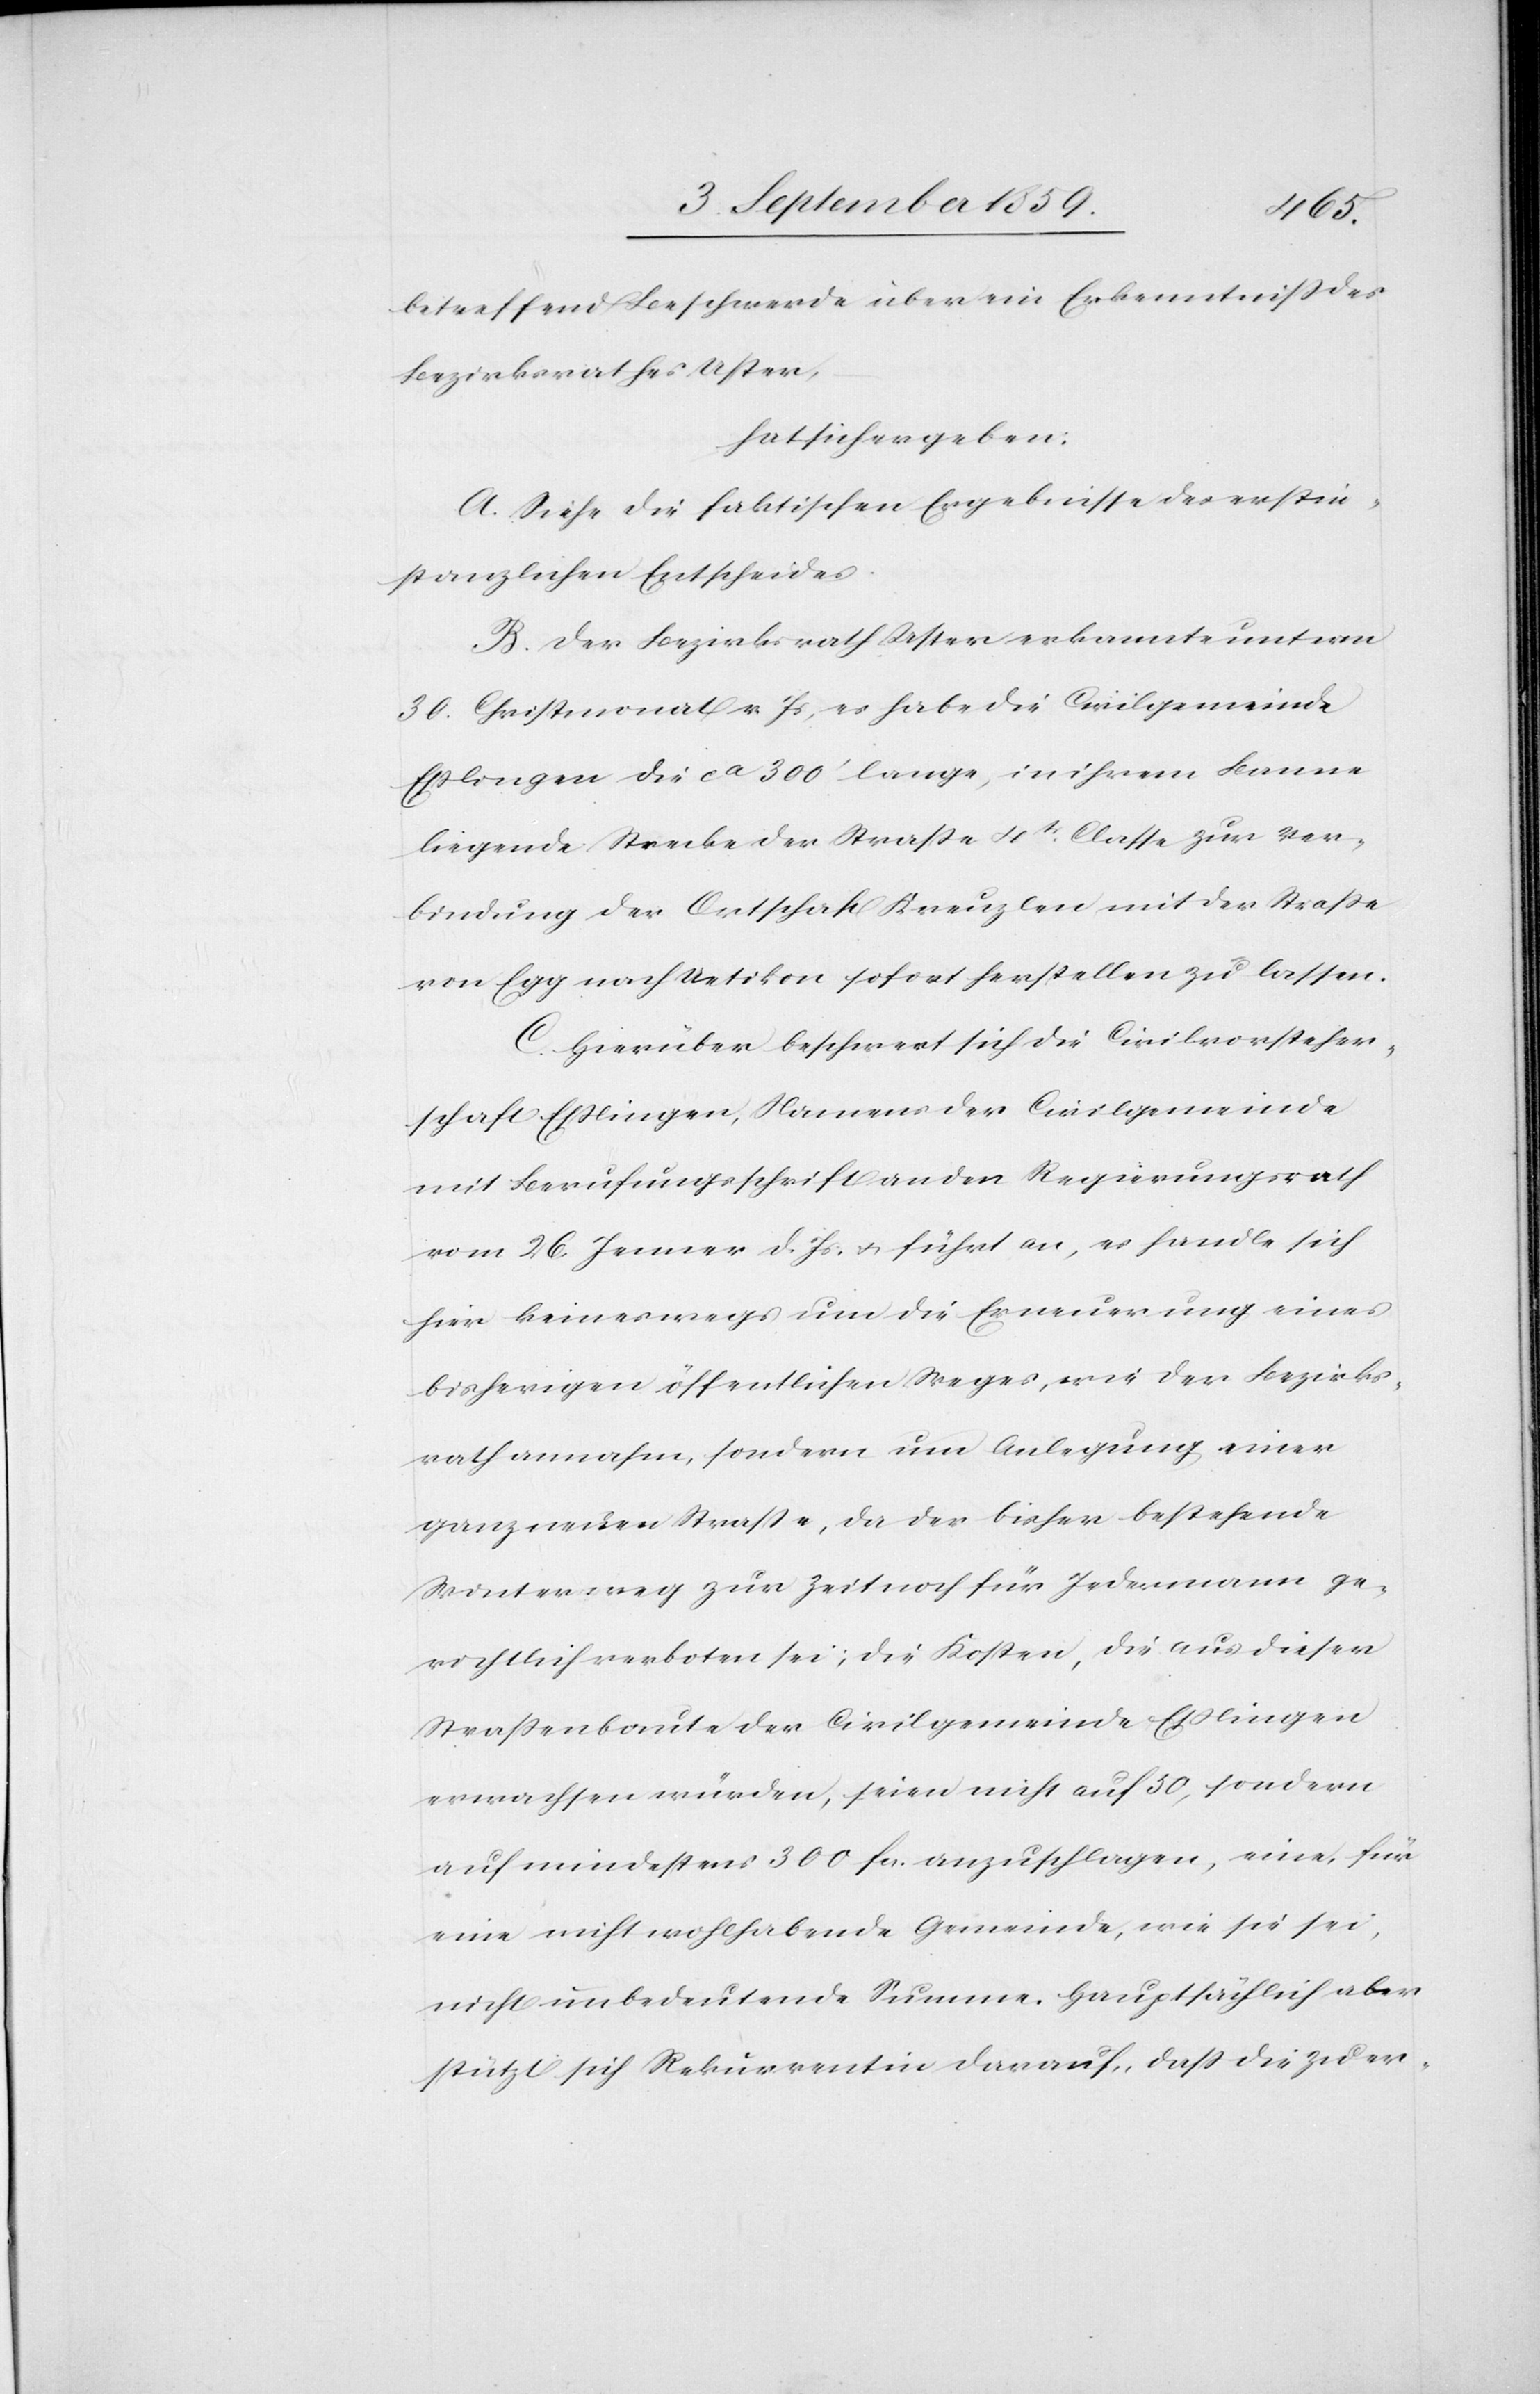
betreffend Beschwerde über ein Erkenntniß des
Bezirksrathes Uster,
hat sich ergeben:
A. Siehe die faktischen Ergebnisse des erstin¬
stanzlichen Entscheides.
B. Der Bezirksrath Uster erkannte unterm
30. Christmonat v. Js., es habe die Civilgemeinde
Eßlingen die ca. 300’ lange, in ihrem Banne
liegende Strecke der Straße 4tr. Classe zur Ver¬
bindung der Ortschaft Kreuzlen mit der Straße
von Egg nach Uetikon sofort herstellen zu lassen.
C. Hierüber beschwert sich die Civilvorsteher¬
schaft Eßlingen, Namens der Civilgemeinde
mit Berufungschrift an den Regierungsrath
vom 26. Jenner d. Js. & führt an, es handle sich
hier keineswegs um die Erneuerung eines
bisherigen öffentlichen Weges, wie der Bezirks¬
rath annahm, sondern um Anlegung einer
ganz neuen Straße, da der bisher bestehende
Winterweg zur Zeit noch für jedermann ge¬
richtlich verboten sei; die Kosten, die aus dieser
Straßenbaute der Civilgemeinde Eßlingen
erwachsen würden, seien nicht auf 50, sondern
auf mindestens 300 fcs. anzuschlagen, eine, für
eine nicht wohlhabende Gemeinde, wie sie sei,
nicht unbedeutende Summe. Hauptsächlich aber
stützt sich Rekurrentin darauf, daß die zu er-